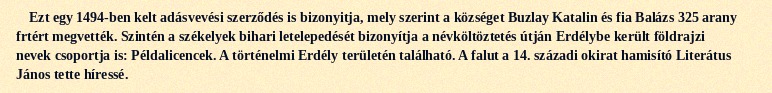
Ezt egy 1494-ben kelt adásvevési szerződés is bizonyitja, mely szerint a községet Buzlay Katalin és fia Balázs 325 arany frtért megvették. Szintén a székelyek bihari letelepedését bizonyítja a névköltöztetés útján Erdélybe került földrajzi nevek csoportja is: Példalicencek. A történelmi Erdély területén található. A falut a 14. századi okirat hamisító Literátus János tette híressé.